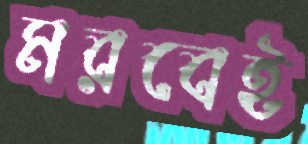
মরবেই